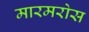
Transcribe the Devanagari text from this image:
मारमरोस